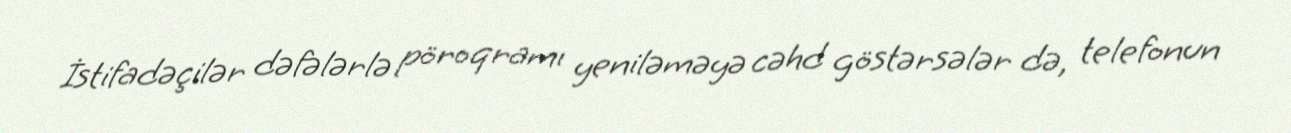
İstifadəçilər dəfələrlə pöroqramı yeniləməyə cəhd göstərsələr də, telefonun